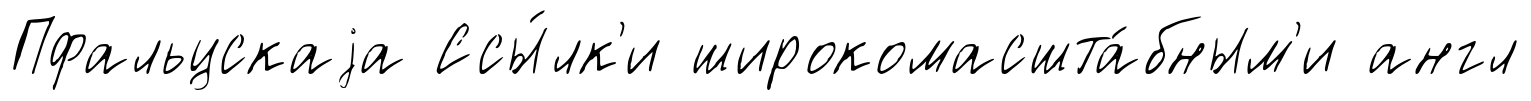
Пфальцскаjа Ссы́лк'и широкомасшта́бным'и англ